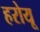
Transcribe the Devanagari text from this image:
हरोयू